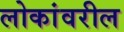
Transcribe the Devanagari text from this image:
लोकांवरील